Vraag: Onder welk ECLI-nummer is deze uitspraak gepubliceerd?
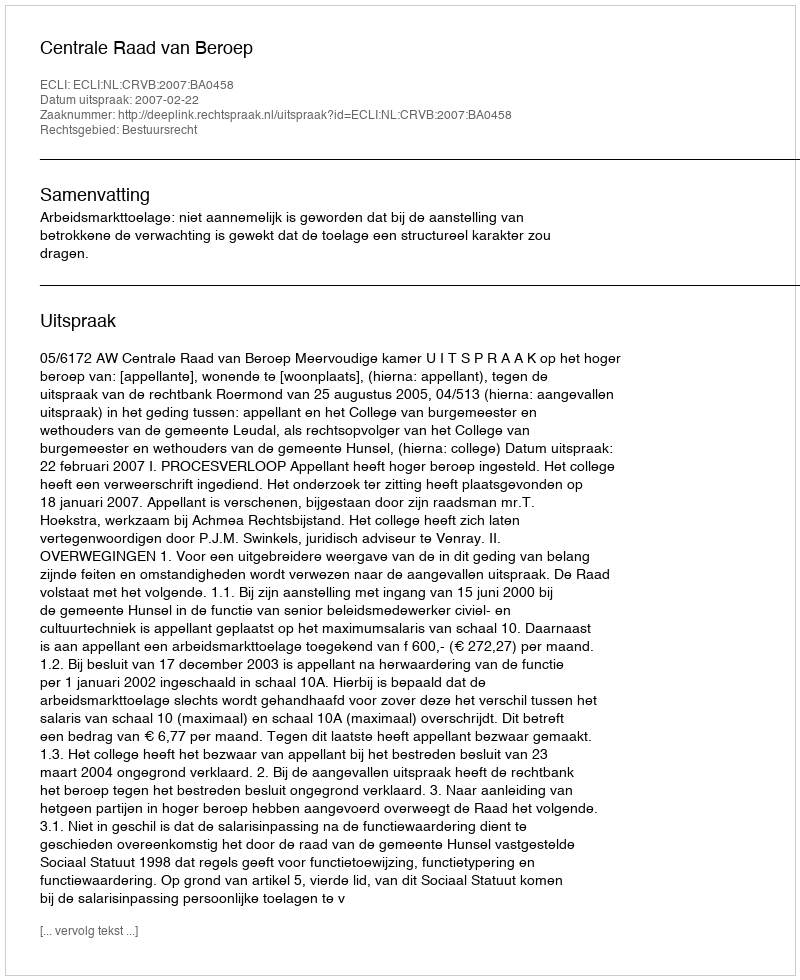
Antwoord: ECLI:NL:CRVB:2007:BA0458